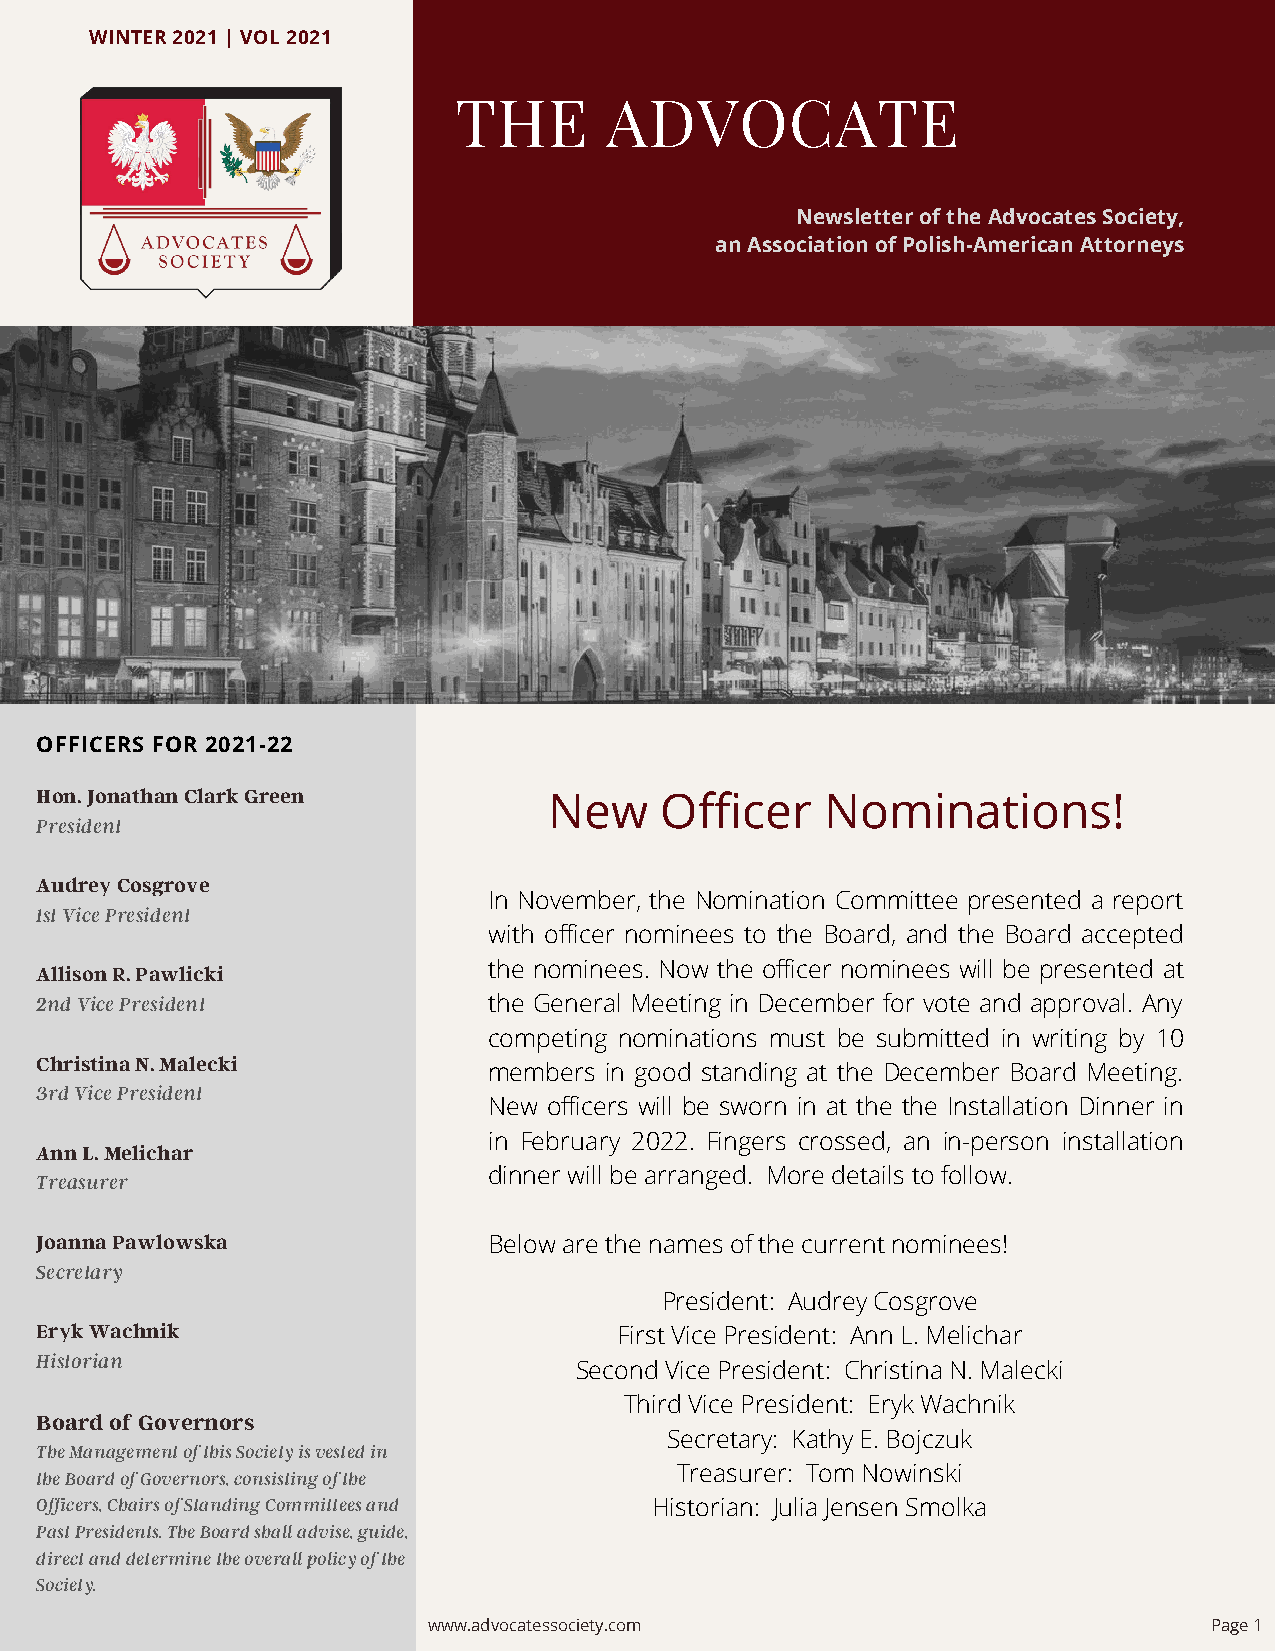
WINTER 2021 | VOL 2021
 THE       ADVOCATE
 Newsletter of the Advocates Society,
 an Association of Polish-American Attorneys
 OFFICERS FOR 2021-22
 Hon. Jonathan Clark Green
 New     Officer    Nominations!
 President
 Audrey Cosgrove
 In November, the Nomination Committee presented a report
 1st Vice President
 with officer nominees to the Board, and the Board accepted
 Allison R. Pawlicki           the nominees. Now the officer nominees will be presented at
 2nd Vice President            the General Meeting in December for vote and approval. Any
 competing nominations must be submitted in writing by 10
 Christina N. Malecki
 members in good standing at the December Board Meeting.
 3rd Vice President
 New officers will be sworn in at the the Installation Dinner in
 in February 2022. Fingers crossed, an in-person installation
 Ann L. Melichar
 dinner will be arranged. More details to follow.
 Treasurer
 Joanna Pawlowska              Below are the names of the current nominees!
 Secretary
 President: Audrey Cosgrove
 Eryk Wachnik                           First Vice President: Ann L. Melichar
 Historian
 Second Vice President: Christina N. Malecki
 Third Vice President: Eryk Wachnik
 Board of Governors
 Secretary: Kathy E. Bojczuk
 The Management of this Society is vested in
 the Board of Governors, consisting of the  Treasurer: Tom Nowinski
 Officers, Chairs of Standing Committees and Historian: Julia Jensen Smolka
 Past Presidents. The Board shall advise, guide,
 direct and determine the overall policy of the
 Society.
 www.advocatessociety.com                            Page 1